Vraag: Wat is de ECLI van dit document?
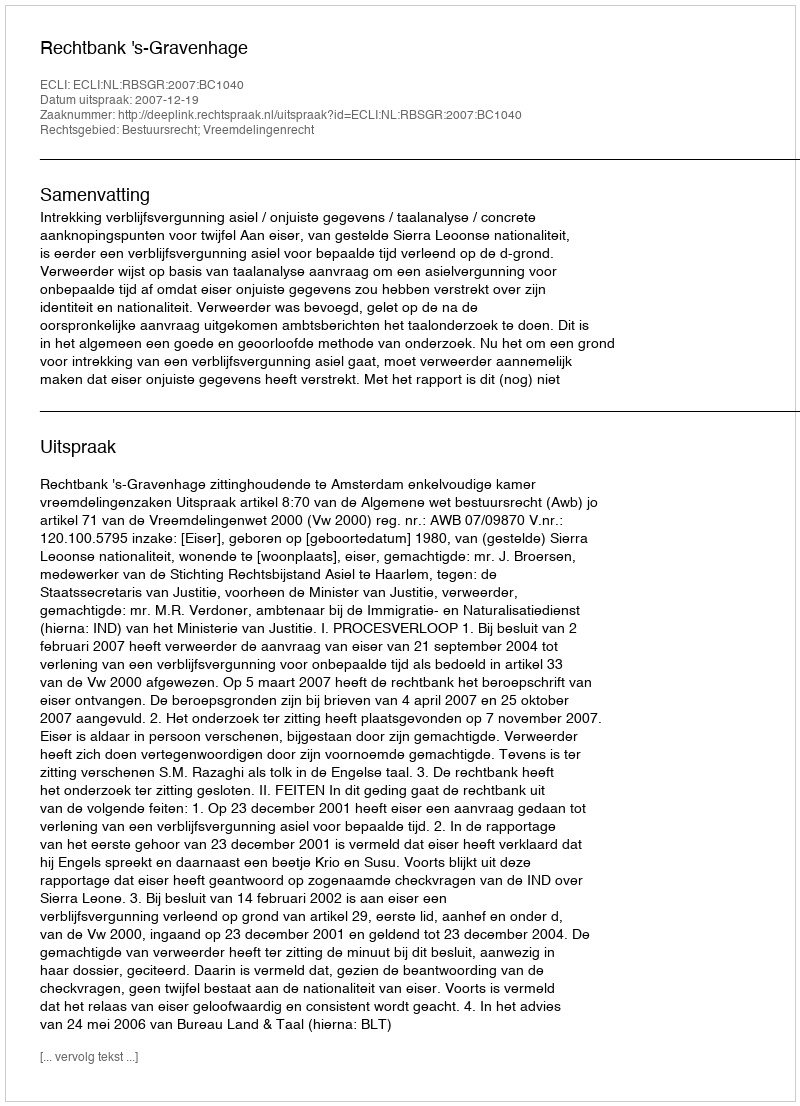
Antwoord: ECLI:NL:RBSGR:2007:BC1040